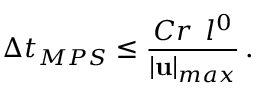
\Delta t _ { M P S } \leq \frac { C r \: \: l ^ { 0 } } { \vert \mathbf { u } \vert _ { m a x } } \, .